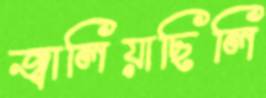
জ্বালিয়াছিলি